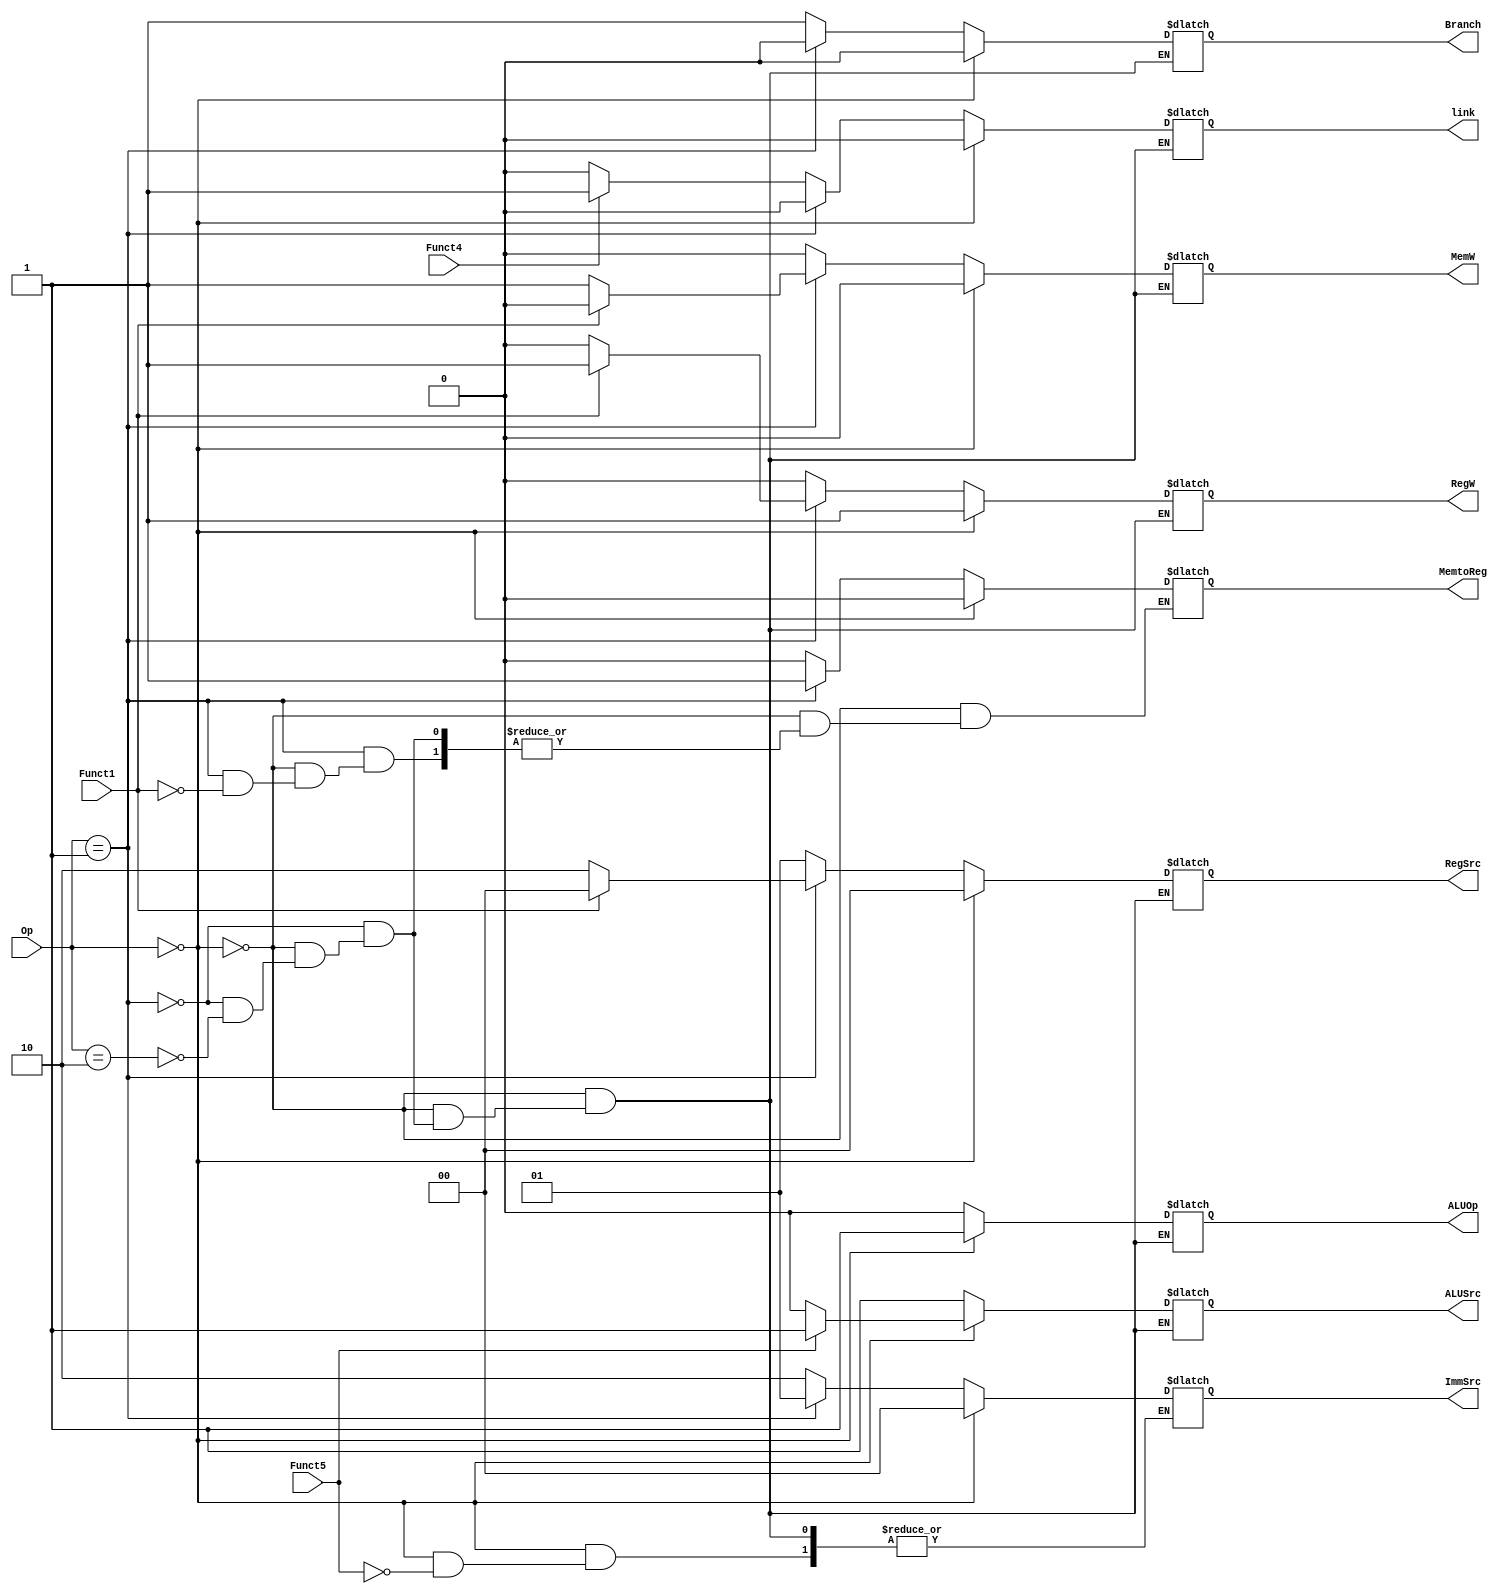
`timescale 1ns / 1ps
//////////////////////////////////////////////////////////////////////////////////
// Company: 
// Engineer: 
// 
// Design Name: 
// Module Name:    Main_Decoder 
// Project Name: 
// Target Devices: 
// Tool versions: 
// Description: 
//
// Dependencies: 
//
// Revision: 
// Revision 0.01 - File Created
// Additional Comments: 
//
//////////////////////////////////////////////////////////////////////////////////
module Main_Decoder(
    input [1:0] Op,
    input Funct5,
	 input Funct4,
    input Funct1,
    output reg Branch,
    output reg RegW,
    output reg MemW,
    output reg MemtoReg,
    output reg ALUSrc,
    output reg [1:0] ImmSrc,
    output reg [1:0] RegSrc,
	 output reg ALUOp,
	 output reg link
    );
	 
	initial begin
	Branch = 0;
	RegW = 0;
	MemW = 0;
	MemtoReg = 0;
	ALUSrc = 0;
	ImmSrc = 0;
	RegSrc = 0;
	link = 0;
	end
	
	always @*
		begin
			if(Op == 2'b00)
				begin
				if(Funct5 == 0)
					begin
						Branch = 0;
						MemtoReg = 0;
						MemW = 0;
						ALUSrc = 0;
						RegW = 1;
						RegSrc =  0;
						ALUOp = 1;
						link = 0;
					end
				else
					begin
						Branch = 0;
						MemtoReg = 0;
						MemW = 0;
						ALUSrc = 1;
						ImmSrc = 0;
						RegW = 1;
						RegSrc =  0;
						ALUOp = 1;
						link = 0;
					end
				end
			else
				begin
					if(Op == 2'b01)
						begin
							if(Funct1 == 0)
								begin
									Branch = 0;
									MemW = 1;
									ALUSrc = 1;
									ImmSrc = 1;
									RegW = 0;
									RegSrc =  2;
									ALUOp = 0;
									link = 0;
								end
							else
								begin
									Branch = 0;
									MemtoReg = 1;
									MemW = 0;
									ALUSrc = 1;
									ImmSrc = 1;
									RegW = 1;
									RegSrc =  0;
									ALUOp = 0;
									link = 0;
								end
						end
					else
						begin
							if(Op == 2'b10)
								begin
									Branch = 1;
									MemtoReg = 0;
									MemW = 0;
									ALUSrc = 1;
									ImmSrc = 2;
									RegW = 0;
									RegSrc =  1;
									ALUOp = 0;
									if(Funct4 == 0)
										link = 0;
									else
										link = 1;
								end
						end
				end
		end

endmodule